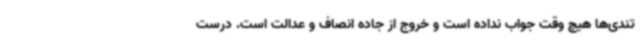
تندی‌ها هیچ وقت جواب نداده است و خروج از جاده انصاف و عدالت است. درست